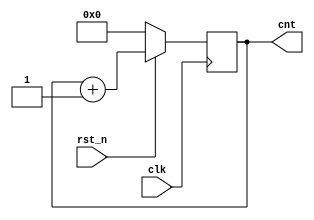
module counter # (
	parameter WIDTH = 16
) (
	input clk,
	input rst_n,
	output reg [WIDTH-1:0] cnt
);

always @(posedge clk) begin
	if (rst_n == 0)
		cnt <= {WIDTH{1'b0}};
	else
		cnt <= cnt + 1;
end

endmodule